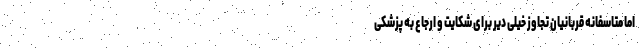
اما متاسفانه قربانیان تجاوز خیلی دیر برای شکایت و ارجاع به پزشکی